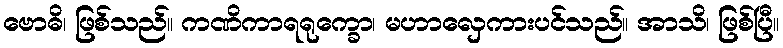
ဗောဓိ၊ ဖြစ်သည်။ ကဏိကာရရုက္ခော၊ မဟာလှေကားပင်သည်။ အာသိ၊ ဖြစ်ပြီ။